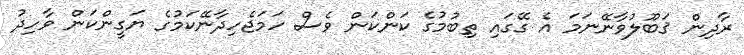
ރާދިން ޤަބޫލުވާނޭނަމަ އެ ގޭގައި ތިބުމުގެ ކަންކަން ވެސް ހަމަޖެހިދާނޭކަމުގެ ޔަގީންކަން ވާހިދު